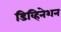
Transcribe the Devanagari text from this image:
डिव्हिनेशन